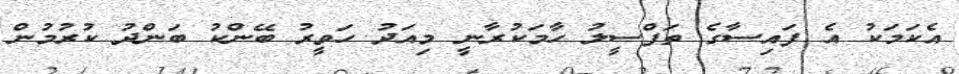
އެކަމަކު އެ ފައިސާގެ ތަފްސީލު ހާމަކުރާނީ މިއަދު ހަވީރު ބޭންކު ބަންދު ކުރުމުން